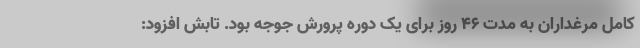
کامل مرغداران به مدت ۴۶ روز برای یک دوره پرورش جوجه بود. تابش افزود: